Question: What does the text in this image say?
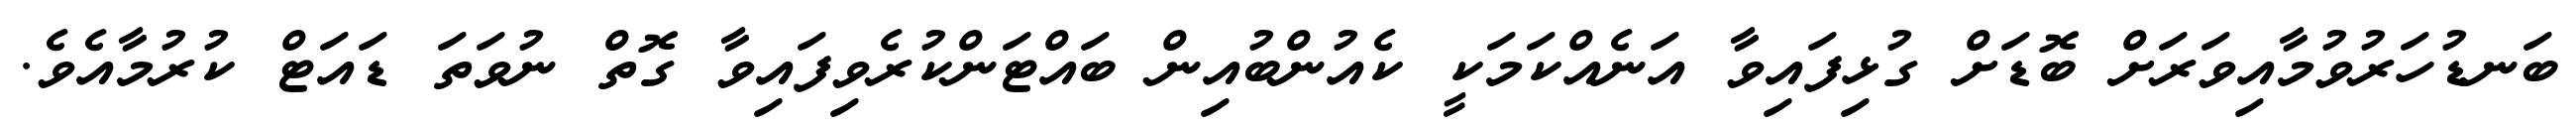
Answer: ބަނޑުހަރުވުމާއިވަރަށް ބޮޑަށް ގުޅިފައިވާ އަނެއްކަމަކީ ކެއުންބުއިން ބައްޓަންކުރެވިފައިވާ ގޮތް ނުވަތަ ޑައަޓް ކުރުމާއެވެ.